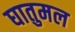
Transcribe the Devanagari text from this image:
घातुमल